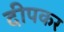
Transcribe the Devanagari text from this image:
दीपकर